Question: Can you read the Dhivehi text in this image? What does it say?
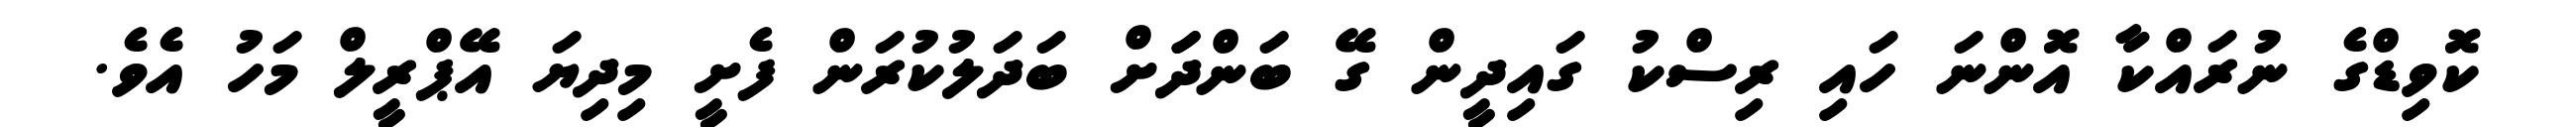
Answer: ކޮވިޑްގެ ނުރައްކާ އޮންނަ ހައި ރިސްކު ގައިދީން ގޭ ބަންދަަށް ބަދަލުކުރަން ފެށީ މިދިޔަ އޭޕްރީލް މަހު އެވެ.